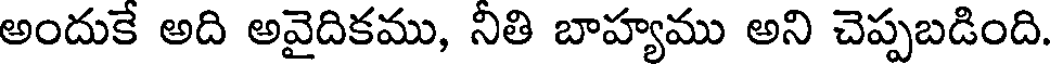
అందుకే అది అవైదికము, నీతి బాహ్యము అని చెప్పబడింది